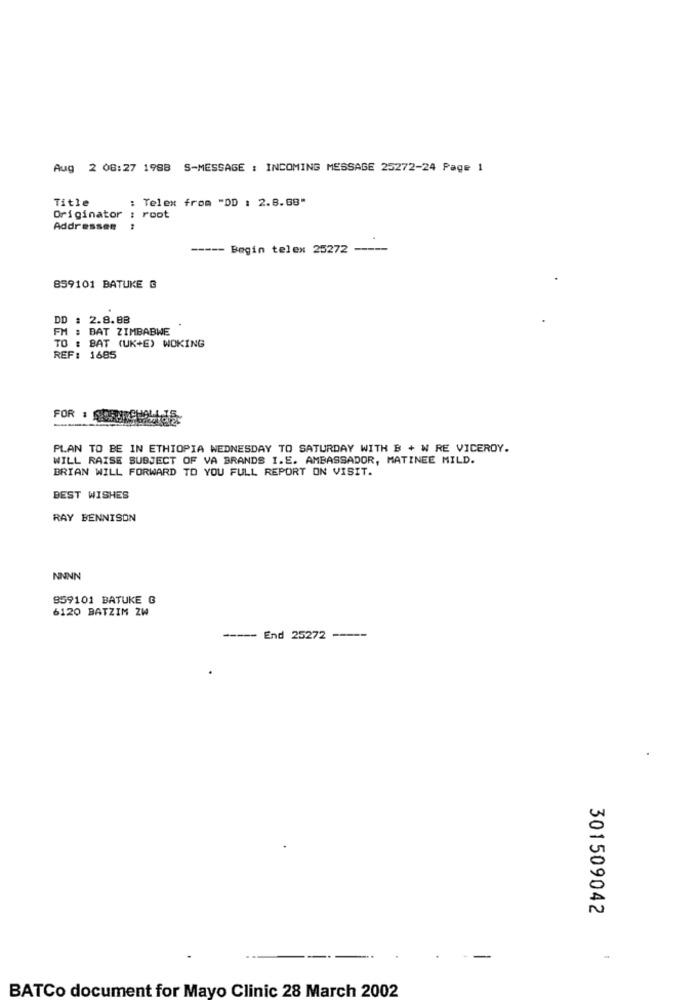
Aug 2 08:27 1988 S-MESSAGE : INCOMING MESSAGE 25272-24 Page 1
Title
: Telex from "DD : 2.8.88"
Originator : root
Addressee
----- Begin telex 25272 -----
859101 BATUKE G
DD : 2.8.88
FM : BAT ZIMBABWE
TO : BAT (UK+E) WOKING
REF: 1685
FOR :
PLAN TO BE IN ETHIOPIA WEDNESDAY TO SATURDAY WITH B + W RE VICEROY.
WILL RAISE SUBJECT OF VA BRANDS I.E. AMBASSADOR, MATINEE MILD.
BRIAN WILL FORWARD TO YOU FULL REPORT ON VISIT.
BEST WISHES
RAY BENNISON
NNNN
859101 BATUKE G
6120 BATZIM ZW
----- End 25272 -----
301509042
BATCo document for Mayo Clinic 28 March 2002